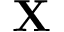
{ \bf X }